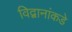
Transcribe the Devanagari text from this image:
विद्वानांकडे